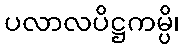
ပလာလပိဋ္ဌကမ္ပိ၊